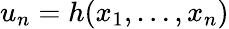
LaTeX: u_{n}=h(x_{1},\ldots,x_{n})